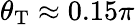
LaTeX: \theta_{\mathrm{T}}\approx 0.15\pi